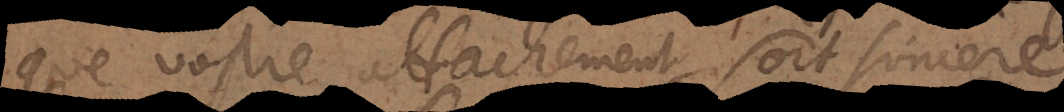
que vostre attachement soit sincere,